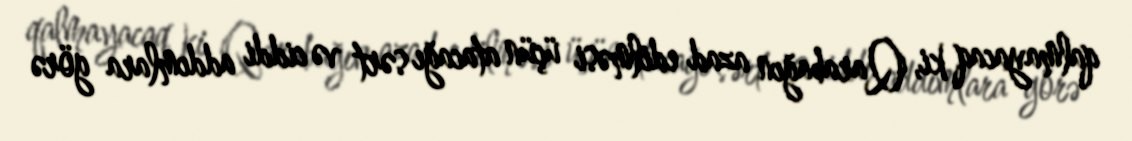
qalmayacaq ki, Qarabağın azad edilməsi üçün atacağı sərt və ciddi addımlara görə